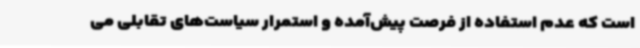
است که عدم استفاده از فرصت پیش‌آمده و استمرار سیاست‌های تقابلی می